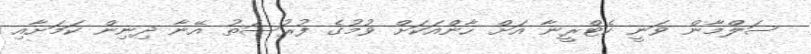
ސަލްމާން ވަނީ ކެޓްރީނާ އަށް ހާންއަކަށް ވުމުގެ ފުރުސަތު އޭނާ ދިނިން ކަމަށާއި